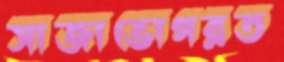
সাজাভোগরত